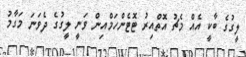
ލީގުގެ ބާކީ އެއް މެޗު އޮތްއިރު ޓޮޓެންހަމްއިން ވަނީ ލީގުގެ ދެވަނަ މަގާމު